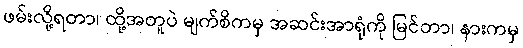
ဖမ်းလို့ရတာ၊ ထို့အတူပဲ မျက်စိကမှ အဆင်းအာရုံကို မြင်တာ၊ နားကမှ